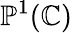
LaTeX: \mathbb{P}^{1}(\mathbb{C})